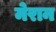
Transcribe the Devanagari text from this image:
मेरान